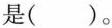
是( )。